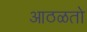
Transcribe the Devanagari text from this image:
आठळतो